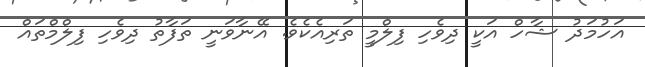
އަހުމަދު ޝާހް އަކީ ދިވެހި ފިލްމީ ތަރިއެކެވެ. އޭނާވަނީ ތަފާތު ދިވެހި ފިލްމްތައް